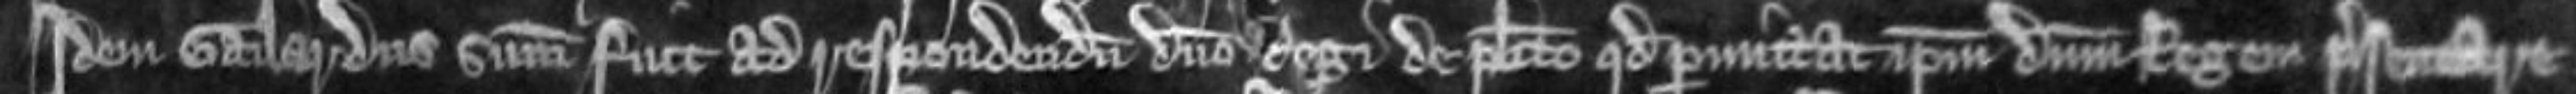
Idem Gailardus summonitus fuit ad respondendum domino regi de placito quod permittat ipsum dominum regem presentare